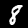
Digit: 8